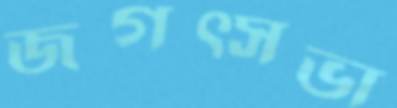
জগত্সভা